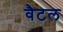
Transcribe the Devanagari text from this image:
वैटल